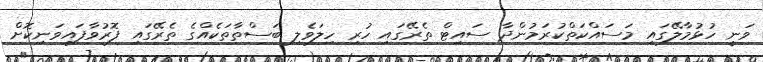
ވަނީ ހުޅުމާލޭގައި މަސައްކަތްކުރަމުންދާ ސައިޓް ތެރޭގައި ހުރި ހިލަވެލި ބަސްތާތަކެއްގެ ތެރޭގައި ފޮރުވާފައިވަނިކޮށް